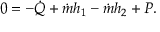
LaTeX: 0 = - { \dot { Q } } + { \dot { m } } h _ { 1 } - { \dot { m } } h _ { 2 } + P .